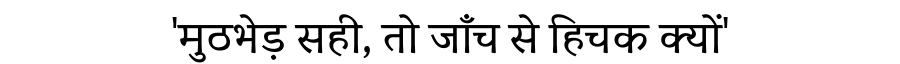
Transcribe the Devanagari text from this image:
'मुठभेड़ सही, तो जाँच से हिचक क्यों'